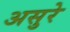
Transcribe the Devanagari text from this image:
असुरे